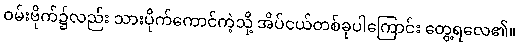
ဝမ်းဗိုက်၌လည်း သားပိုက်ကောင်ကဲ့သို့ အိပ်ငယ်တစ်ခုပါကြောင်း တွေ့ရလေ၏။